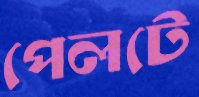
পেলটে